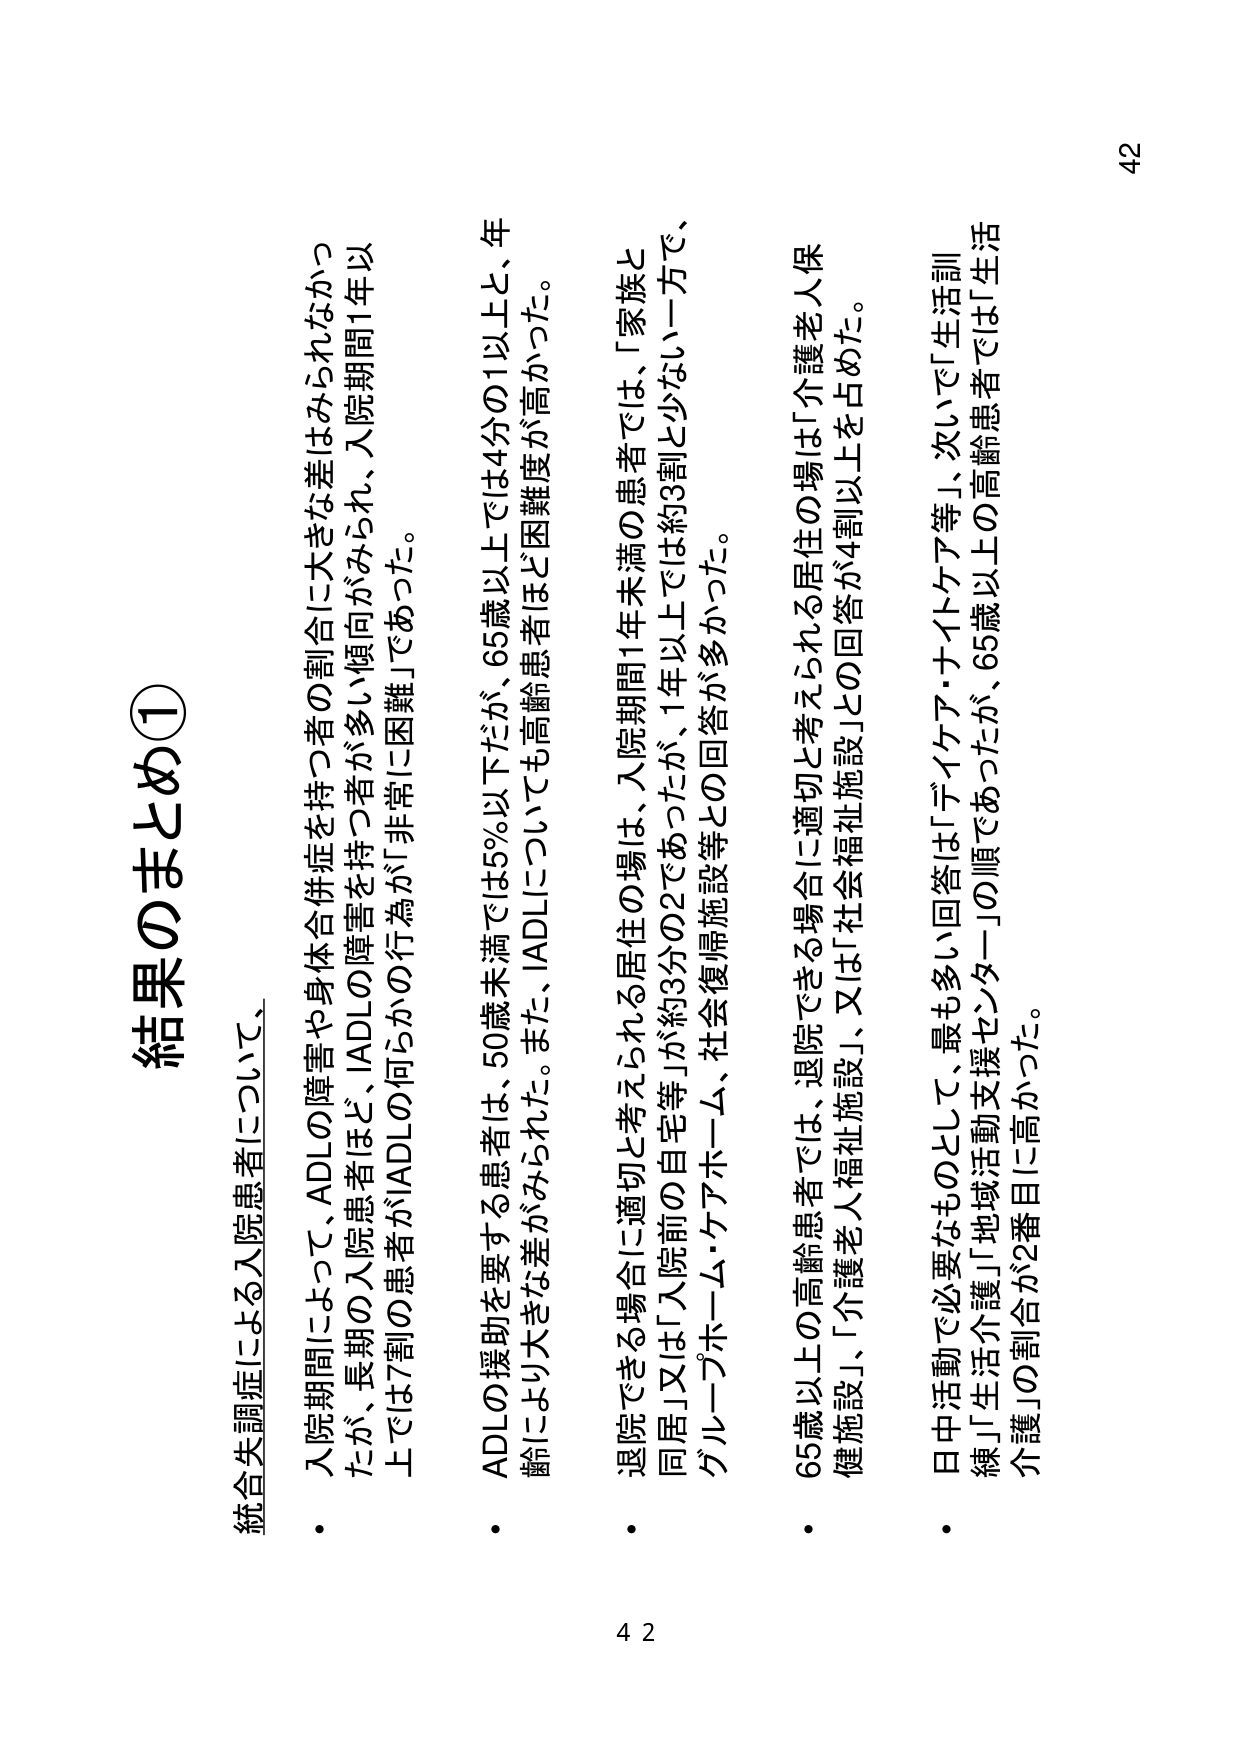
結果のまとめ①

統合失調症による入院患者について、

・ 入院期間によって、ADLの障害や身体合併症を持つ者の割合に大きな差はみられなかったが、長期の入院患者ほど、IADLの障害を持つ者が多い傾向がみられ、入院期間1年以上では7割の患者がIADLの何らかの行為が「非常に困難」であった。

・ ADLの援助を要する患者は、50歳未満では5%以下だが、65歳以上では4分の1以上と、年齢により大きな差がみられた。また、IADLについても高齢患者ほど困難度が高かった。

・ 退院できる場合に適切と考えられる居住の場は、入院期間1年未満の患者では、「家族と同居」又は「入院前の自宅等」が約3分の2であったが、1年以上では約3割と少ない一方で、グループホーム・ケアホーム、社会復帰施設等との回答が多かった。

・ 65歳以上の高齢患者では、退院できる場合に適切と考えられる居住の場は「介護老人保健施設」、「介護老人福祉施設」、又は「社会福祉施設」との回答が4割以上を占めた。

・ 日中活動で必要なものとして、最も多い回答は「デイケア・ナイトケア等」、次いで「生活訓練」「生活介護」「地域活動支援センター」の順であったが、65歳以上の高齢患者では「生活介護」の割合が2番目に高かった。

42